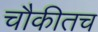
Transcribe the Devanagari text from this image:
चौकीतच